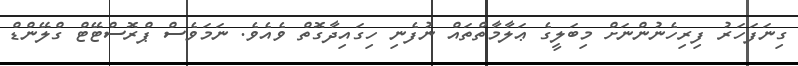
ގިނަފަހަރު ފިރިހެނުންނަށް މިބަލީގެ ޢަލާމާތްތައް ނުފެނި ހިގައިދާގޮތް ވެއެވެ. ނަމަވެސް ޕްރޮސްޓޭޓް ގްލޭންޑް